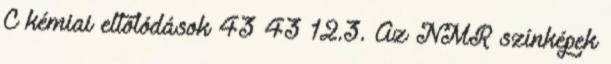
C kémiai eltolódások 43 43 12.3. Az NMR színképek